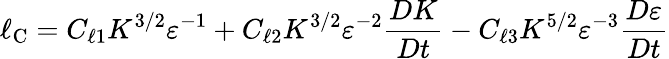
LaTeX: \ell_{\textrm{C}}=C_{\ell 1}K^{3/2}\varepsilon^{-1}+C_{\ell 2}K^{3/2}\varepsilon^{-2}\frac{DK}{Dt}-C_{\ell 3}K^{5/2}\varepsilon^{-3}\frac{D\varepsilon}{Dt}